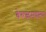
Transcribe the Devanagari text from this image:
वेरूळमधल्या